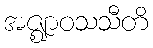
အဇ္ဈာဝသသီတိ